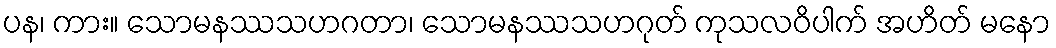
ပန၊ ကား။ သောမနဿသဟဂတာ၊ သောမနဿသဟဂုတ် ကုသလဝိပါက် အဟိတ် မနော